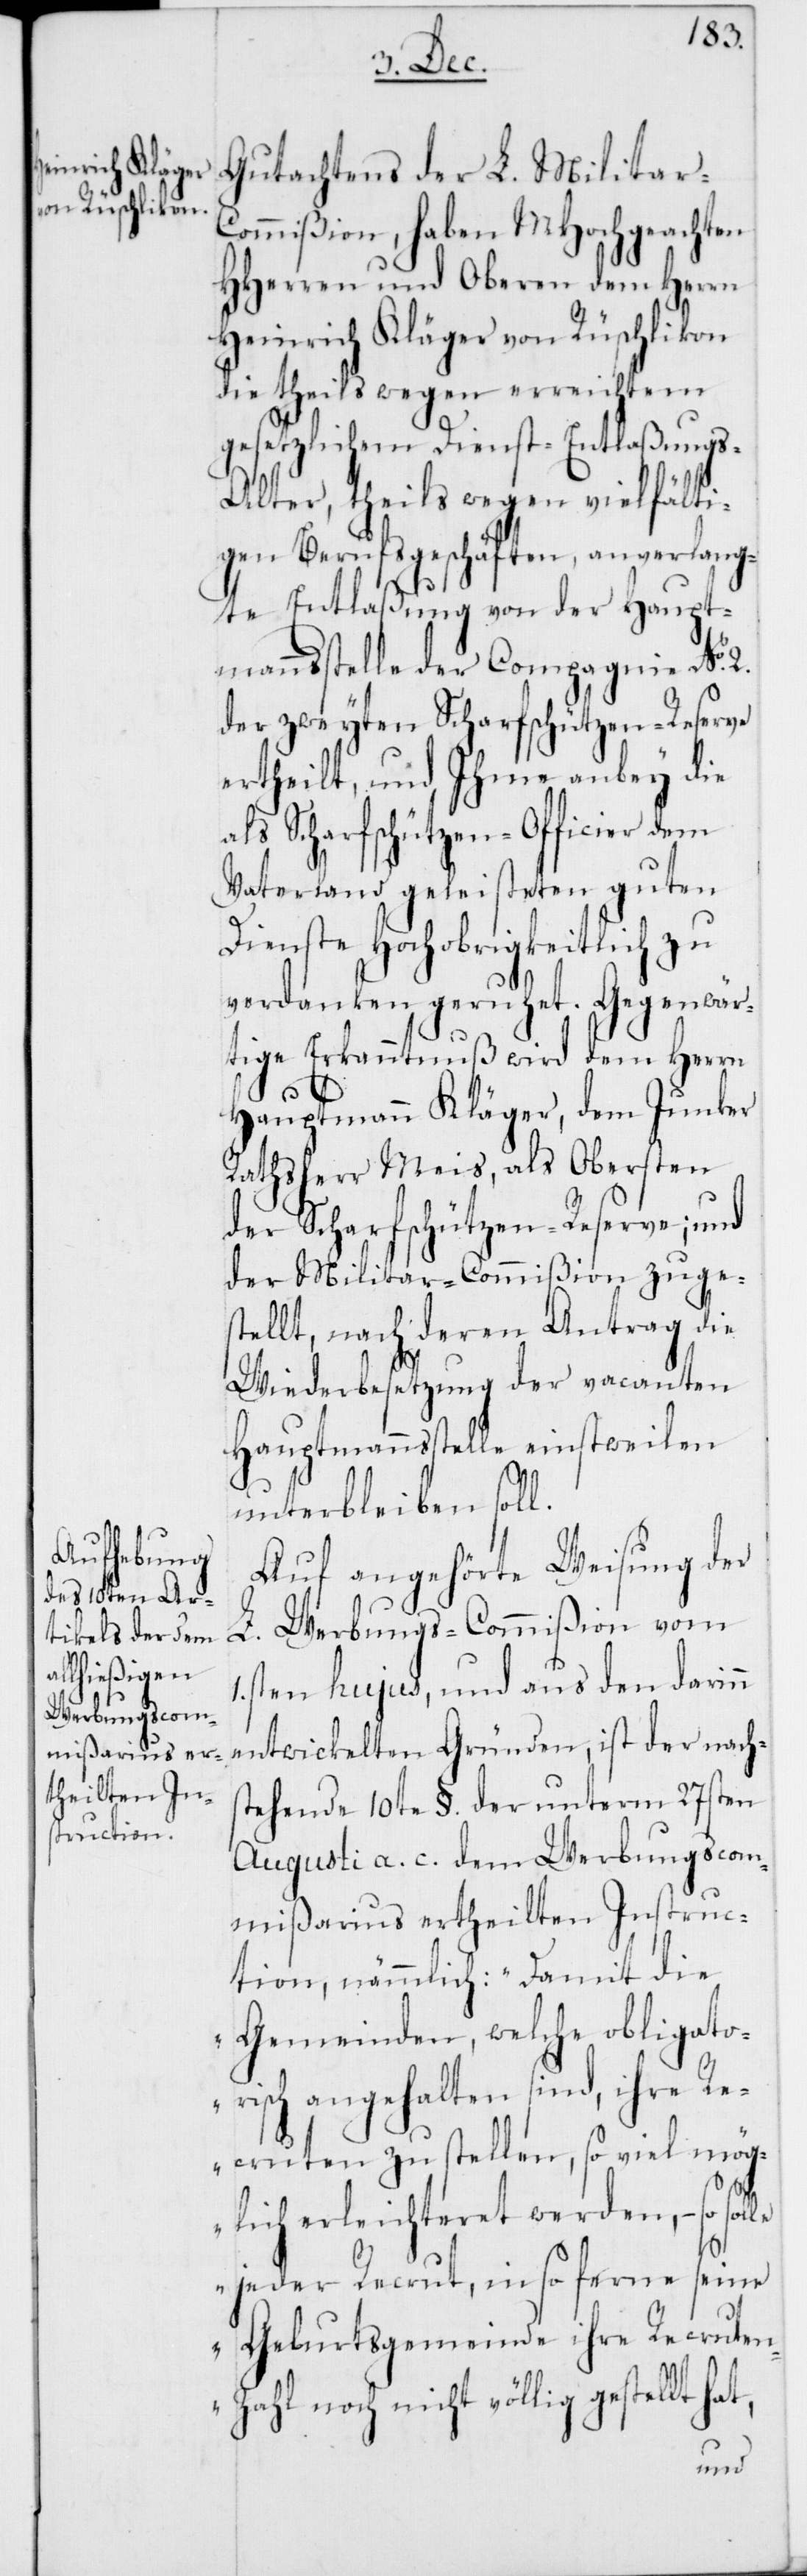
Gutachtens der L. Militar-C¬
ommißion, haben MHochgeachten
HHerren und Oberen dem Herrn
Heinrich Kläger von Rüschlikon
die theils wegen erreichtem
gesetzlichem Dienst-Entlaßungs-A¬
lter, theils wegen vielfälti¬
gen Berufsgeschäften, anverlang¬
te Entlaßung von der Haupt¬
mannsstelle der Compagnie No 2.
der zweyten Scharfschützen-Reserve
ertheilt, und Ihme anbey die
als Scharfschützen-Officier dem
Vaterland geleisteten guten
Dienste Hochobrigkeitlich zu
tige Erkanntnuß wird dem Herrn
Hauptmann Kläger, dem Junker
Rathsherr Meis, als Obersten
der Scharfschützen-Reserve; und
der Militar-Commißion zuges¬
tellt, nach deren Antrag die
Wiederbesetzung der vacanten
Hauptmannsstelle einstweilen
unterbleiben soll.
Auf angehörte Weisung der
L. Werbungs-Commißion vom
1sten hujus, und aus den darinn
entwickelten Gründen, ist der nachs¬
tehende 10te §. der unterm 27sten
Augusti a. c. dem Werbungscom¬
mißarius ertheilten Instruc¬
tion, nämmlich: „Damit die
Gemeinden, welche obligato¬
risch angehalten sind, ihre Re¬
cruten zu stellen, so viel mög¬
lich erleichteret werden, – so
jeder Recrut, in so ferne seine
Geburtsgemeinde ihre Recruten¬
zahl noch nicht völlig gestellt
Gegenwär¬